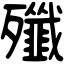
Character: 殲